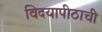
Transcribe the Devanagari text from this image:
विदयापीठाची